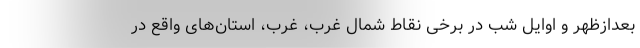
بعدازظهر و اوایل شب در برخی نقاط شمال غرب، غرب، استان‌های واقع در